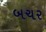
બચર